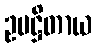
ဥပဋ္ဌိတာယ